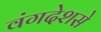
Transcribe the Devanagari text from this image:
वंगदेशसे